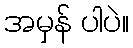
အမှန် ပါပဲ။